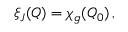
\xi _ { J } ( Q ) = \chi _ { g } ( Q _ { 0 } ) \, ,